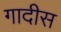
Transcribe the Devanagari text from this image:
गादीस